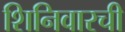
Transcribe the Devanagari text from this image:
शिनिवारची